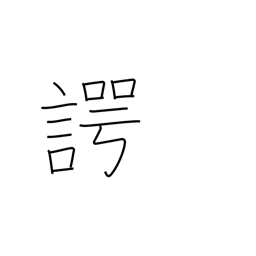
Meaning: speaking the truth